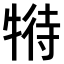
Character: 𤚟